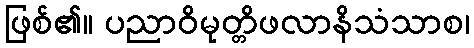
ဖြစ်၏။ ပညာဝိမုတ္တိဖလာနိသံသာစ၊